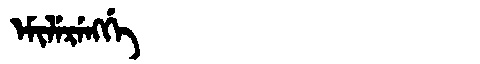
Manchu: ᡝᠮᡳᠯᡝᡵᡝᠩᡤᡝ
Romanization: EMILERENGGE